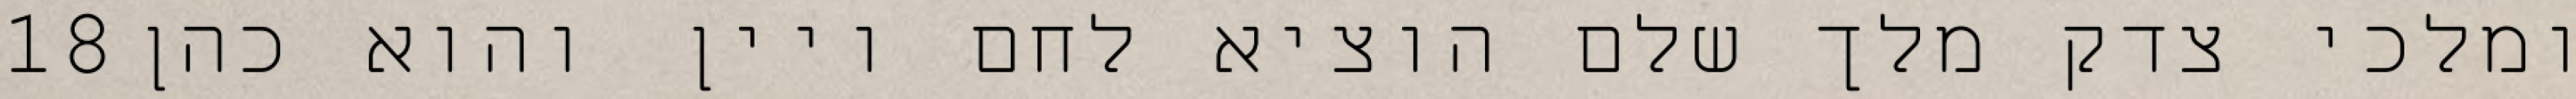
‎18‏ ומלכי צדק מלך שלם הוציא לחם ויין והוא כהן